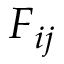
{ \cal F } _ { i j }